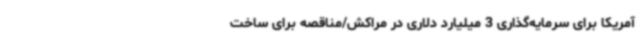
آمریکا برای سرمایه‌گذاری 3 میلیارد دلاری در مراکش/مناقصه برای ساخت